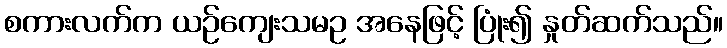
စကားလက်က ယဉ်ကျေးသမဥ အနေဖြင့် ပြုံး၍ နှုတ်ဆက်သည်။